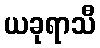
ယခုရာသီ